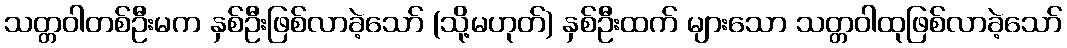
သတ္တဝါတစ်ဦးမက နှစ်ဦးဖြစ်လာခဲ့သော် (သို့မဟုတ်) နှစ်ဦးထက် များသော သတ္တဝါထုဖြစ်လာခဲ့သော်